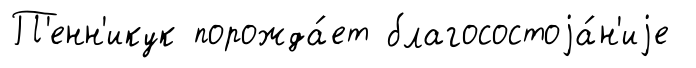
П'енн'икук порожда́ет благосостоjа́н'иjе